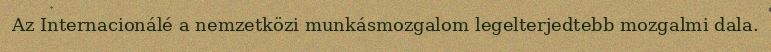
Az Internacionálé a nemzetközi munkásmozgalom legelterjedtebb mozgalmi dala.